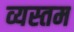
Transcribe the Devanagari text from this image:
व्यस्तम